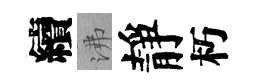
續沸靜朽